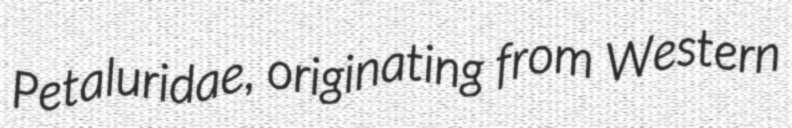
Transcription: Petaluridae, originating from Western